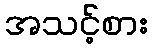
အသင့်စား